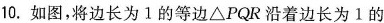
10.如图，将边长为1的等边△PQR沿着边长为1的